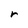
Character: r